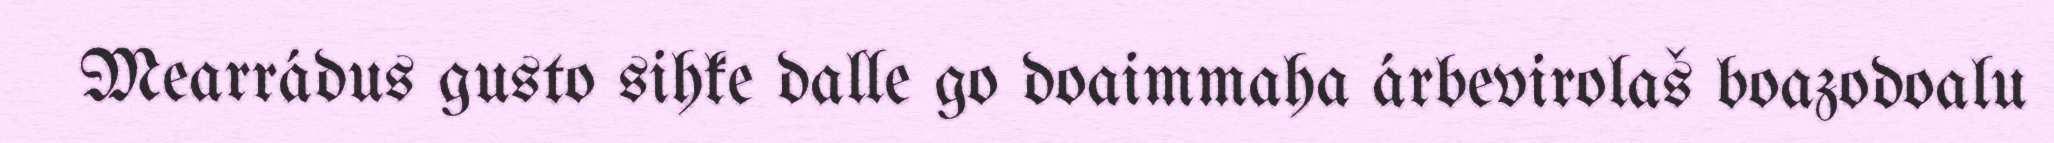
Mearrádus gusto sihke dalle go doaimmaha árbevirolaš boazodoalu